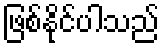
ဖြစ်နိုင်ပါသည်